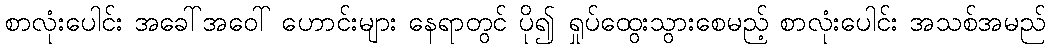
စာလုံးပေါင်း အခေါ်အဝေါ် ဟောင်းများ နေရာတွင် ပို၍ ရှုပ်ထွေးသွားစေမည့် စာလုံးပေါင်း အသစ်အမည်